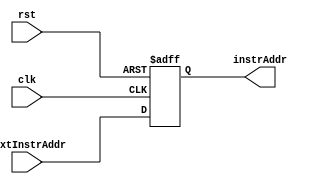
// Sets the value of PC to the next value
module program_counter(
    input wire [31:0] nextInstrAddr,
    input clk,
    input rst,
    output reg [31:0] instrAddr
);

    always @(posedge clk or posedge rst) begin
        if(rst) begin
            instrAddr <=-32'd4;
        end
        else begin
            instrAddr <= nextInstrAddr;
        end
    end
endmodule